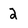
Character: 2